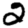
Digit: 2